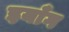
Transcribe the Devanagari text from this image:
इयाँग